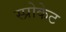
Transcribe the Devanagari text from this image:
स्प्रोकेट